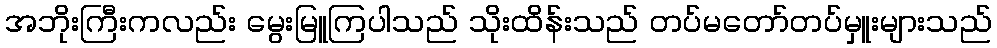
အဘိုးကြီးကလည်း မွေးမြူကြပါသည် သိုးထိန်းသည် တပ်မတော်တပ်မှူးများသည်